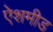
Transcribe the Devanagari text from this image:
ऐशमीड